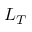
L _ { T }